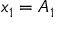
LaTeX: x _ { 1 } = A _ { 1 }